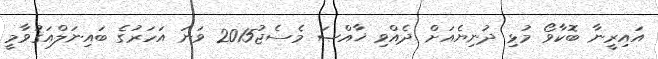
އައިރީނާ ބޮކާވޯ މުޅި ދުނިޔެއަށް ދެއްވި ޚާއްޞަ މެސެޖު2015 ވަނަ އަހަރުގެ ބައިނަލްއަޤުވާމީ